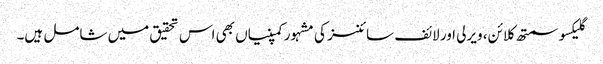
گلیکسو سمتھ کلائن، ویرلی اور لائف سائنسز کی مشہور کمپنیاں بھی اس تحقیق میں شامل ہیں۔